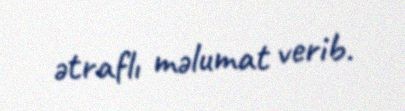
ətraflı məlumat verib.